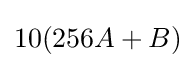
10(256A+B)